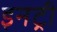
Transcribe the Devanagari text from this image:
इनट्री